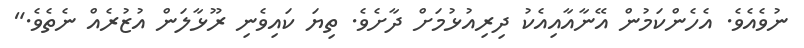
ނުވެއެވެ. އެހެންކަމުން އޭނާއާއިއެކު ދިރިއުޅުމަށް ދާށެވެ. ތިޔަ ކައިވެނި ރޫޅާލަން އުޒުރެއް ނެތެވެ."